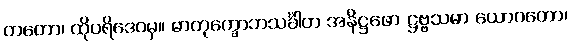
တတော၊ ထိုပရိဒေဝမှ။ ဓာတုက္ခောဘသင်္ခါတ အနိဋ္ဌဖော ဋ္ဌဗ္ဗသမာ ယောဂတော၊